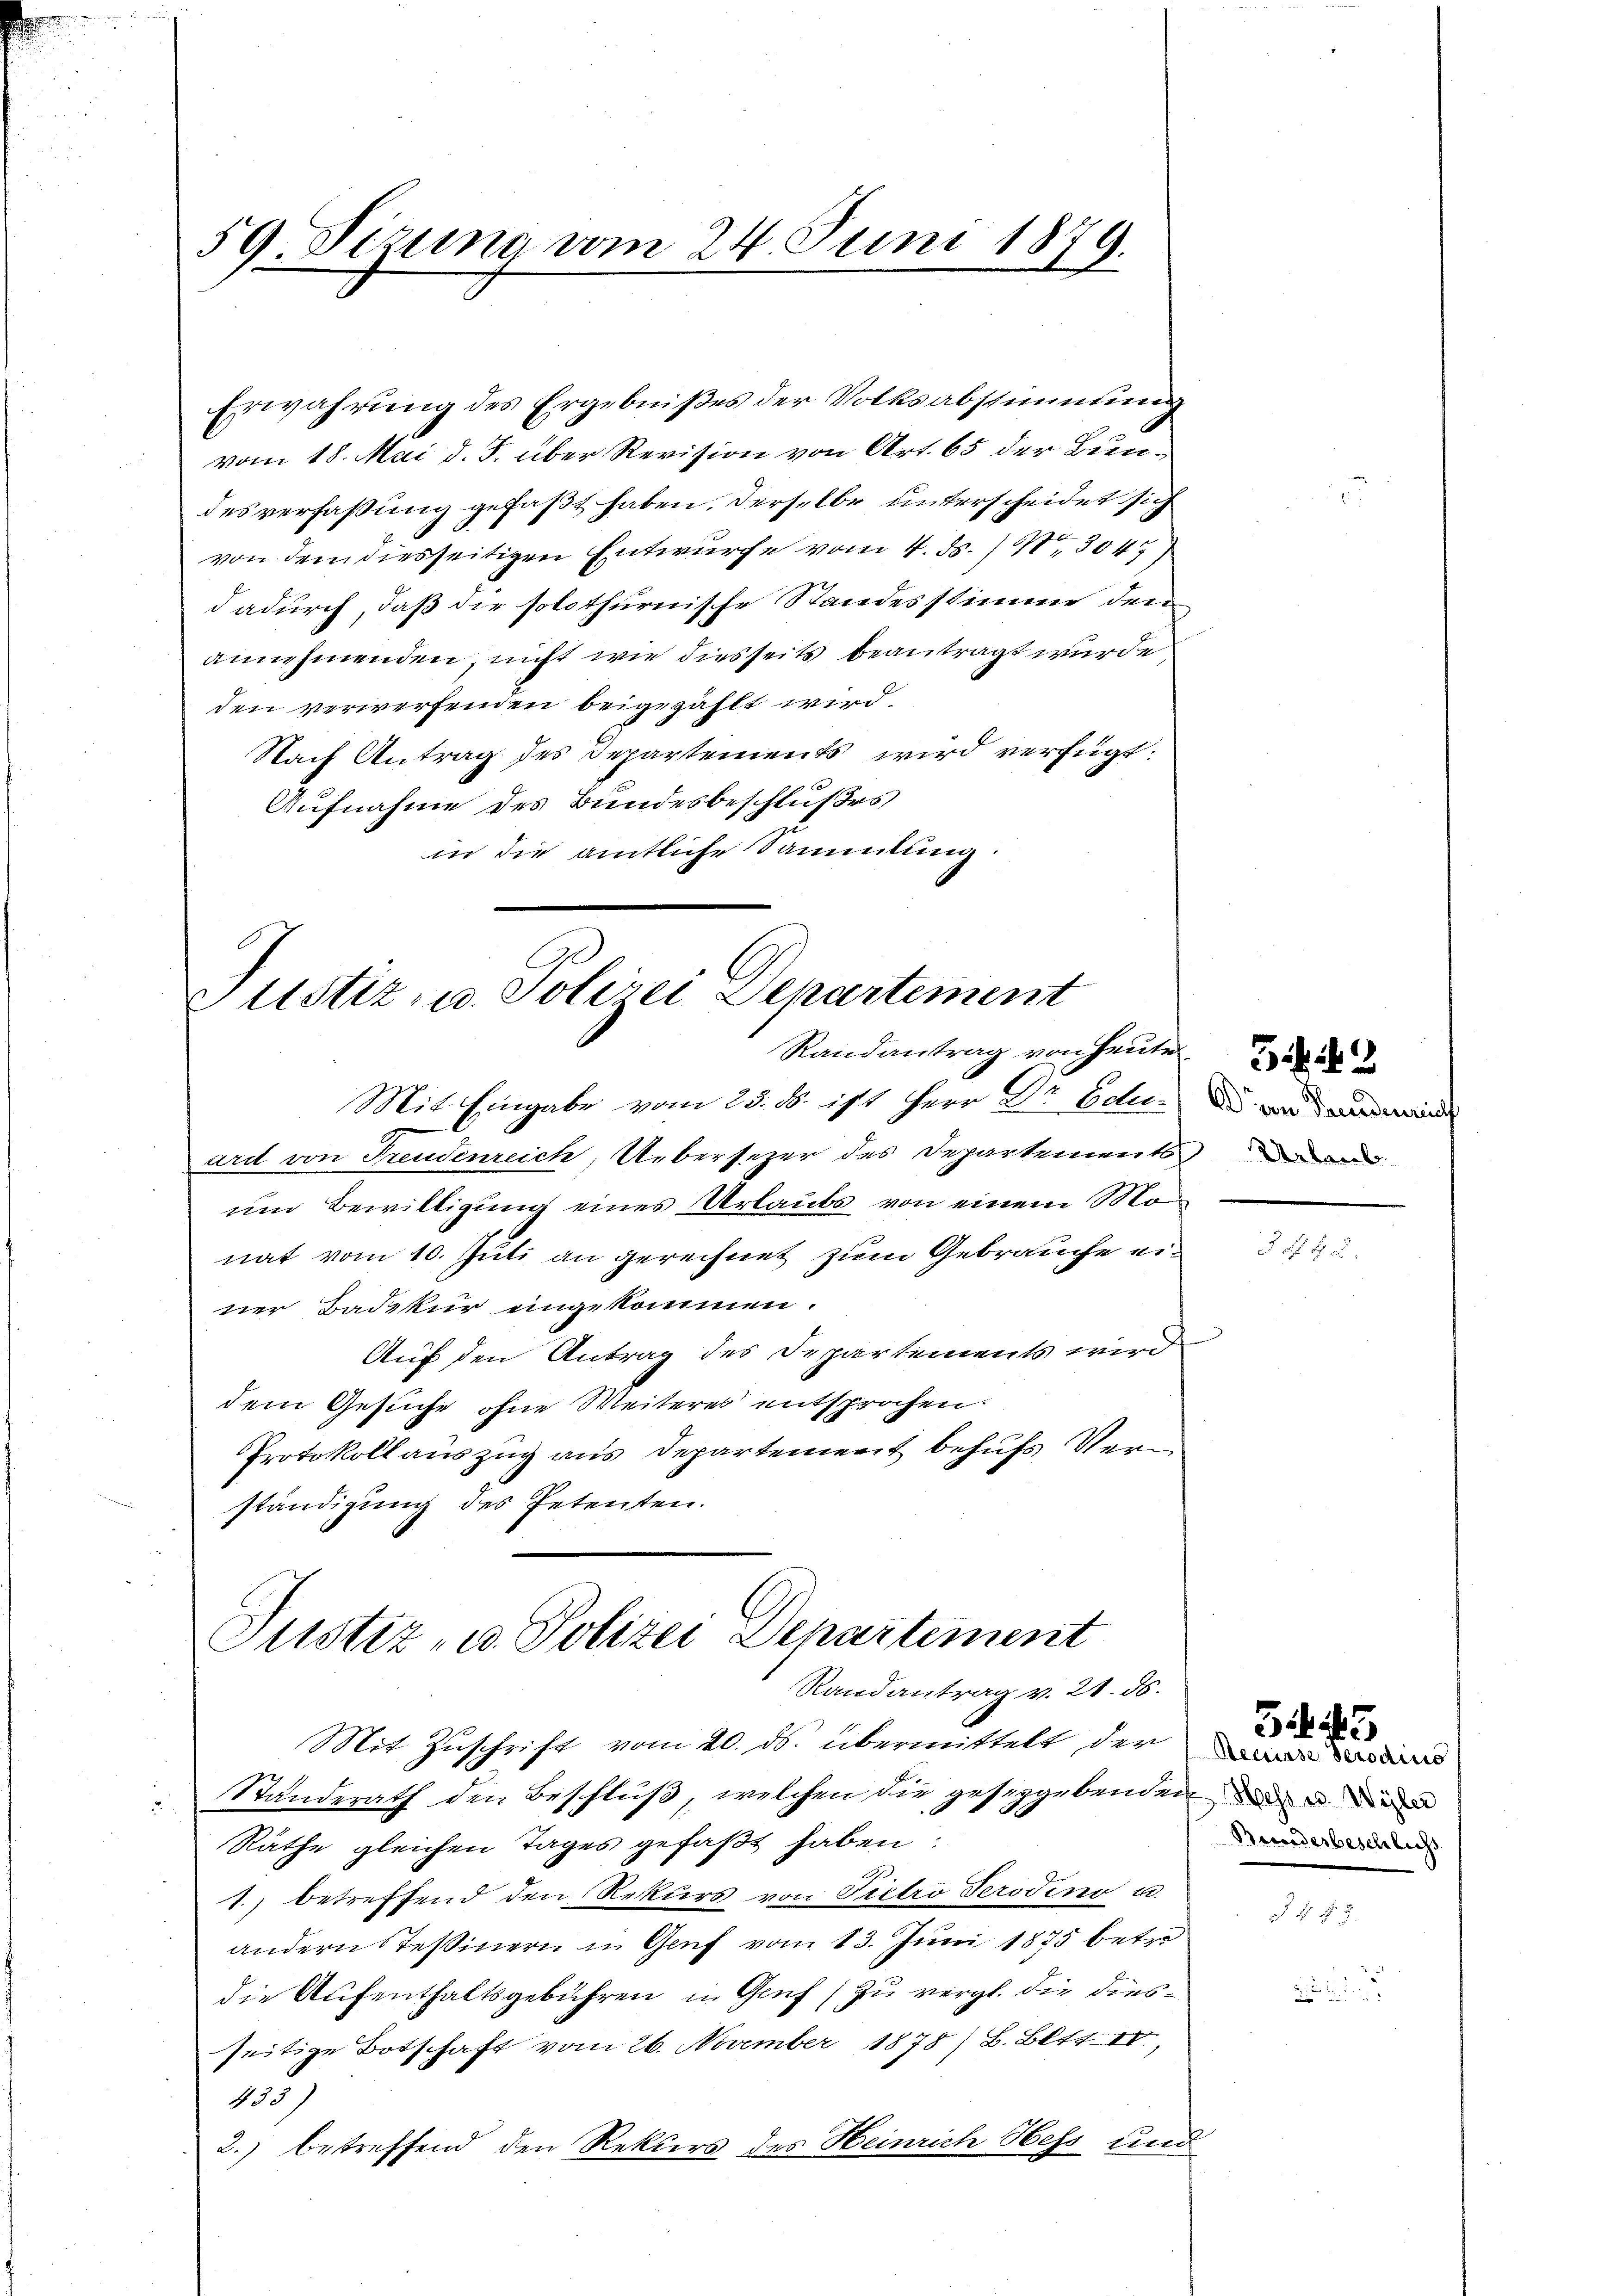
59 Pizuna vom 24. Juni 1879.

Justiz- u. Polizei Departement
Randantrag von heute de
Mit Eingabe vom 23. ds. ist Herr Dr Edei¬

ard von Freudenreich, Uebersezer des Departementse
um Bewilligung eines Urlaubs von einem Monat vom 10. Juli an gerechnet zum Gebrauche einer Badekur eingekommen.
Auf den Antrag des Departements wird
dem Gesuche ohne Weiteres entsprochen.
Protokoll auszug aus Departement behufs Verm
ständigung des Petenten.
Justiz- u. Polizei Departement

Randantrag v. 21. ds.

Erwahrung des Ergebnißes der Volksabstimmung
vom 18. Mai d. J. über Revision von Art. 65 der Bundesverfaßung gefaßt haben. Derselbe unterscheidet sich
von dem diesseitigen Entwurfe vom 4. ds. No. 3047.
dadurch, daß die solothurnische Standesstimme den
annehmenden, nicht wie diesseits beantragt wurde
den verwerfenden beigezählt wird.
Nach Antrag des Departements wird verfügt:
Aufnahme des Bundesbeschlußes
in die amtliche Sammlung.

A an Pandenruf

e

Mit Zuschrift vom 20. ds. übermittelt der
Standerath den Beschluß, welchen die geseggebenden u
Räthe gleichen Tages gefaßt haben:
1.) betreffend den Rekurs von Pietro Perodino u.
andern Teßinern in Genf vom 13. Juni 1875 betre
die Aufenthaltsgebühren in Genf zu vergl. die diesseitige Botschaft vom 26. November 1878/ B. Bett. IV,
2
2.) betreffend den Rektors des Heinrich Hess und

4 t

Bunderbeschlichs

1